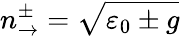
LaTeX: n_{\rightarrow}^{\pm}=\sqrt{\varepsilon_{0}\pm g}